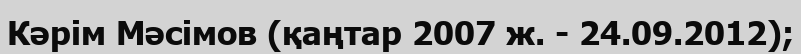
Кәрім Мәсімов (қаңтар 2007 ж. - 24.09.2012);